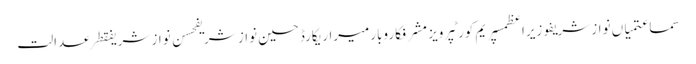
سماعتمیاں نواز شریفوزیراعظمسپریم کورٹپرویز مشرفکاروبارمیراریکارڈحسین نواز شریفحسن نواز شریفقطرعدالت